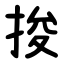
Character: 捘